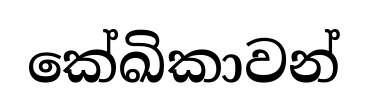
කේඛිකාවන්